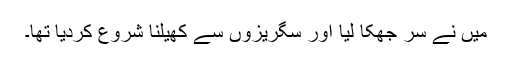
میں نے سر جھکا لیا اور سگریزوں سے کھیلنا شروع کردیا تھا۔